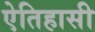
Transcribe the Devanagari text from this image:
ऐतिहासी